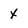
Character: x